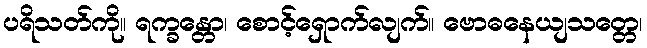
ပရိသတ်ကို။ ရက္ခန္တော၊ စောင့်ရှောက်လျက်။ ဗောဓနေယျသတ္တေ၊